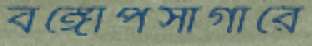
বঙ্গোপসাগারে